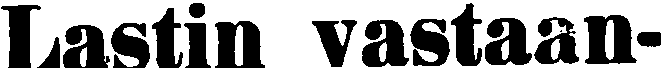
Lastin vastaan-